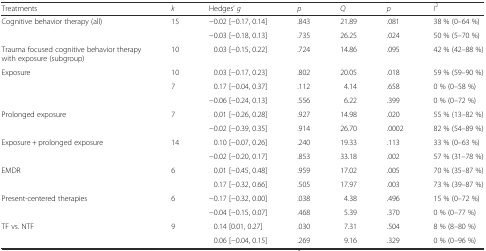
| Treatments | k | Hedges’ g | p | Q | p | I2 |
 | --- | --- | --- | --- | --- | --- | --- |
 | Cognitive behavior therapy (all) | 15 | −0.02 [−0.17, 0.14] | .843 | 21.89 | .081 | 38 % (0–64 %) |
 |  |  | −0.03 [−0.18, 0.13] | .735 | 26.25 | .024 | 50 % (5–70 %) |
 | Trauma focused cognitive behavior therapy with exposure (subgroup) | 10 | 0.03 [−0.15, 0.22] | .724 | 14.86 | .095 | 42 % (42–88 %) |
 | <ROWSPAN=2> Exposure | 10 | 0.03 [−0.17, 0.23] | .802 | 20.05 | .018 | 59 % (59–90 %) |
 | 7 | 0.17 [−0.04, 0.37] | .112 | 4.14 | .658 | 0 % (0–58 %) |
 |  |  | −0.06 [−0.24, 0.13] | .556 | 6.22 | .399 | 0 % (0–72 %) |
 | Prolonged exposure | 7 | 0.01 [−0.26, 0.28] | .927 | 14.98 | .020 | 55 % (13–82 %) |
 |  |  | −0.02 [−0.39, 0.35] | .914 | 26.70 | .0002 | 82 % (54–89 %) |
 | Exposure + prolonged exposure | 14 | 0.10 [−0.07, 0.26] | .240 | 19.33 | .113 | 33 % (0–63 %) |
 |  |  | −0.02 [−0.20, 0.17] | .853 | 33.18 | .002 | 57 % (31–78 %) |
 | EMDR | 6 | 0.01 [−0.45, 0.48] | .959 | 17.02 | .005 | 70 % (35–87 %) |
 |  |  | 0.17 [−0.32, 0.66] | .505 | 17.97 | .003 | 73 % (39–87 %) |
 | Present-centered therapies | 6 | −0.17 [−0.32, 0.00] | .038 | 4.38 | .496 | 15 % (0–72 %) |
 |  |  | −0.04 [−0.15, 0.07] | .468 | 5.39 | .370 | 0 % (0–77 %) |
 | TF vs. NTF | 9 | 0.14 [0.01, 0.27] | .030 | 7.31 | .504 | 8 % (8–80 %) |
 |  |  | 0.06 [−0.04, 0.15] | .269 | 9.16 | .329 | 0 % (0–96 %) |